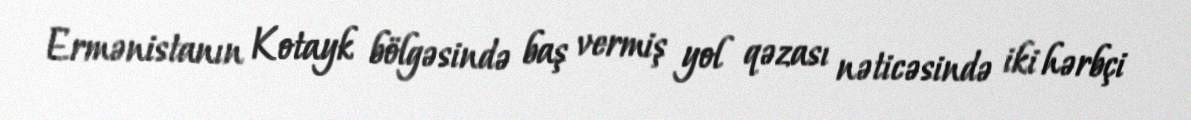
Ermənistanın Kotayk bölgəsində baş vermiş yol qəzası nəticəsində iki hərbçi